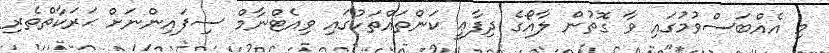
މި އެއްބަސްވުމުގައި ވާ ގޮތުން ލާއޯގެ ދިފާޢީ ކަންތައްތަކުގައި ވިއެޓްނާމް ސިފައިންނަށް ޙަރަކާތްތެރި